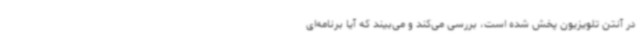
در آنتن تلویزیون پخش شده است، بررسی می‌کند و می‌بیند که آیا برنامه‌ای